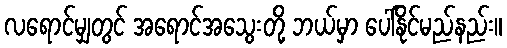
လရောင်မျှတွင် အရောင်အသွေးတို့ ဘယ်မှာ ပေါ်နိုင်မည်နည်း။